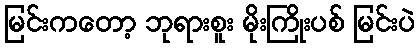
မြင်းကတော့ ဘုရားစူး မိုးကြိုးပစ် မြင်းပဲ